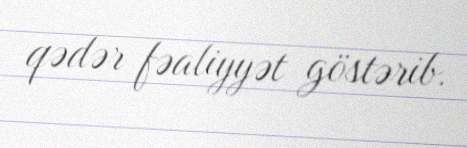
qədər fəaliyyət göstərib.